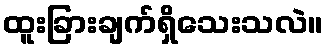
ထူးခြားချက်ရှိသေးသလဲ။